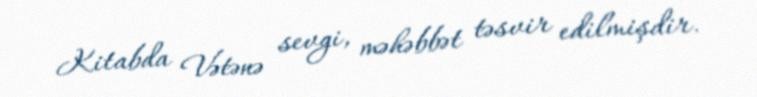
Kitabda Vətənə sevgi, məhəbbət təsvir edilmişdir.